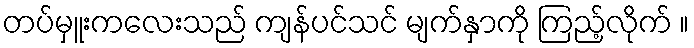
တပ်မှူးကလေးသည် ကျန်ပင်သင် မျက်နှာကို ကြည့်လိုက် ။